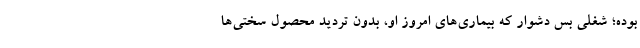
بوده؛ شغلی بس دشوار که بیماری‌های امروز او، بدون تردید محصول سختی‌ها